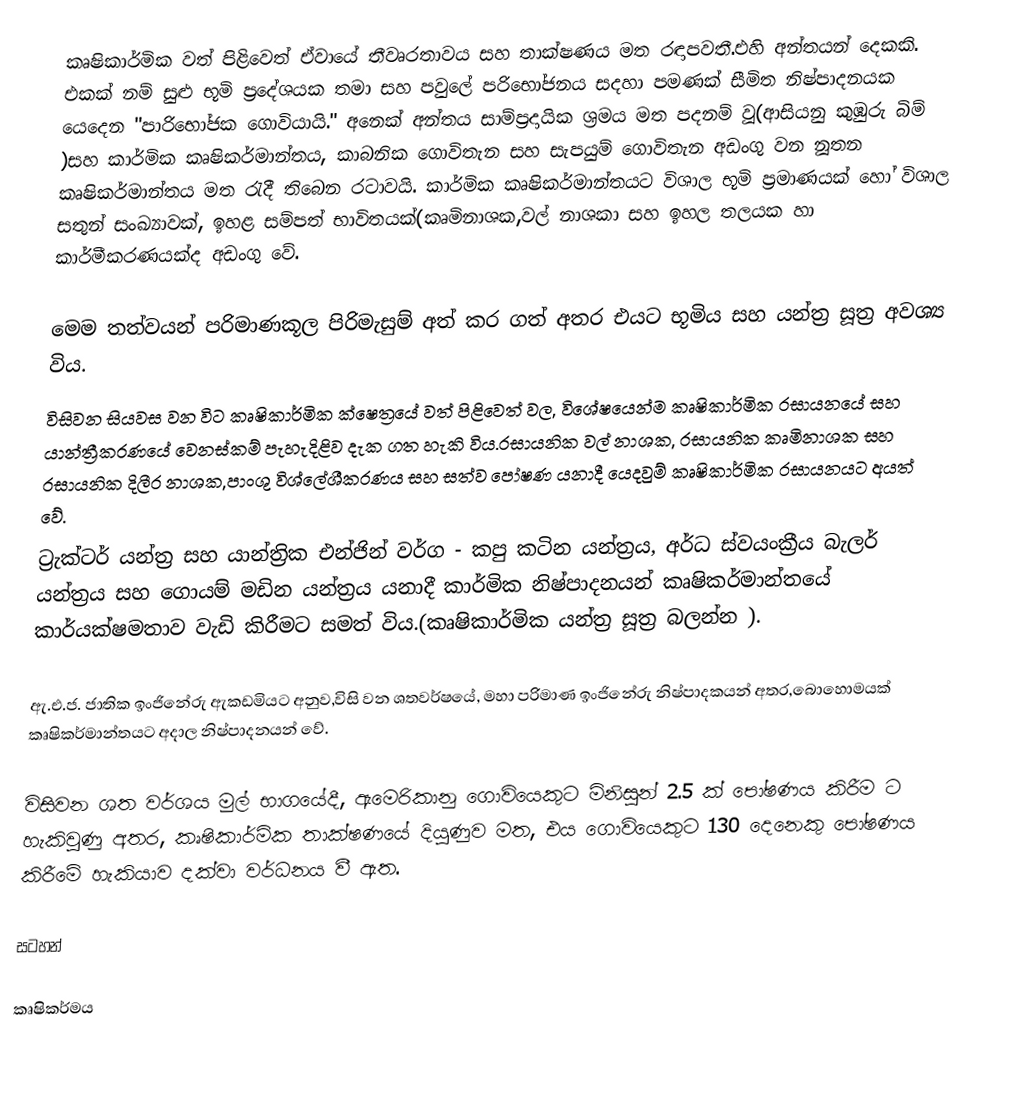
කෘෂිකාර්මික වත් පිළිවෙත් ඒවායේ තීවෘරතාවය සහ තාක්ෂණය මත රඳාපවතී.එහි අන්තයන් දෙකකි. එකක් නම් සුළු භූමි ප්‍රදේශයක තමා සහ පවුලේ පරිභෝජනය සදහා පමණක් සීමිත නිෂ්පාදනයක යෙදෙන "පාරිභෝජක ගොවියායි." අනෙක් අන්තය සාම්ප්‍රදායික ශ්‍රමය මත පදනම් වූ(ආසියනු කුඹුරු බිම් )සහ කාර්මික කෘෂිකර්මාන්තය, කාබනික ගොවිතැන සහ සැපයුම් ගොවිතැන අඩංගු වන නූතන කෘෂිකර්මාන්තය මත රැදී තිබෙන රටාවයි. කාර්මික කෘෂිකර්මාන්තයට විශාල භූමි ප්‍රමාණයක් හෝ විශාල සතුන් සංඛ්‍යාවක්, ඉහළ සම්පත් භාවිතයක්(කෘමිනාශක,වල් නාශකා සහ ඉහල තලයක හා කාර්මීකරණයක්ද අඩංගු වේ.

මෙම තත්වයන් පරිමාණකූල පිරිමැසුම් අත් කර ගත් අතර එයට භූමිය සහ යන්ත්‍ර සූත්‍ර අවශ්‍ය විය.
විසිවන සියවස වන විට කෘෂිකාර්මික ක්ෂෙත්‍රයේ වත් පිළිවෙත් වල, විශේෂයෙන්ම කෘෂිකාර්මික රසායනයේ සහ යාන්ත්‍රීකරණයේ වෙනස්කම් පැහැදිළිව දැක ගත හැකි විය.රසායනික වල් නාශක, රසායනික කෘමිනාශක සහ රසායනික දිලීර නාශක,පාංශු විශ්ලේශීකරණය සහ සත්ව පෝෂණ යනාදී යෙදවුම් කෘෂිකාර්මික රසායනයට අයත් වේ.
ට්‍රැක්ටර් යන්ත්‍ර සහ යාන්ත්‍රික එන්ජින් වර්ග - කපු කටින යන්ත්‍රය, අර්ධ ස්වයංක්‍රීය බැලර් යන්ත්‍රය සහ ගොයම් මඩින යන්ත්‍රය යනාදී කාර්මික නිෂ්පාදනයන් කෘෂිකර්මාන්තයේ කාර්යක්ෂමතාව වැඩි කිරීමට සමත් විය.(කෘෂිකාර්මික යන්ත්‍ර සූත්‍ර බලන්න ).

ඇ.එ.ජ. ජාතික ඉංජිනේරු ඇකඩමියට අනුව,විසි වන ශතවර්ෂයේ, මහා පරිමාණ ඉංජිනේරු නිෂ්පාදකයන් අතර,බොහොමයක් කෘෂිකර්මාන්තයට අදාල නිෂ්පාදනයන් වේ.

විසිවන ශත වර්ශය මුල් භාගයේදී, ඇමෙරිකානු ගොවියෙකුට මිනිසුන් 2.5 ක් පෝෂණය කිරීම ට හැකිවුණු අතර, කෘෂිකාර්මික තාක්ෂණයේ දියුණුව මත, එය ගොවියෙකුට 130 දෙනෙකු පෝෂණය කිරීමේ හැකියාව දක්වා වර්ධනය වී ඇත.

සටහන්

කෘෂිකර්මය